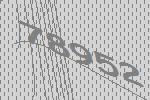
78952